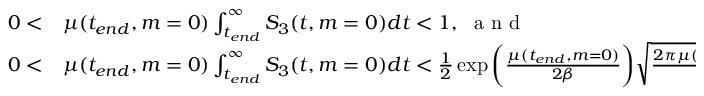
\begin{array} { r l } { 0 < } & { { } \mu ( t _ { e n d } , m = 0 ) \int _ { t _ { e n d } } ^ { \infty } S _ { 3 } ( t , m = 0 ) d t < 1 , ~ \mathrm { ~ a ~ n ~ d ~ } } \\ { 0 < } & { { } \mu ( t _ { e n d } , m = 0 ) \int _ { t _ { e n d } } ^ { \infty } S _ { 3 } ( t , m = 0 ) d t < \frac { 1 } { 2 } \exp { \bigg ( \frac { \mu ( t _ { e n d } , m = 0 ) } { 2 \beta } \bigg ) } \sqrt { \frac { 2 \pi \mu ( t _ { e n d } , m = 0 ) } { \beta } } . } \end{array}